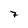
Character: 7